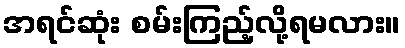
အရင်ဆုံး စမ်းကြည့်လို့ရမလား။